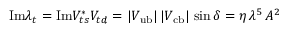
\mathrm { I m } \lambda _ { t } = \mathrm { I m } V _ { t s } ^ { * } V _ { t d } = | V _ { \mathrm { u b } } | \, | V _ { \mathrm { c b } } | \, \sin \delta = \eta \, \lambda ^ { 5 } \, A ^ { 2 }